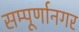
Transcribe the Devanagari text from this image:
सम्पूर्णानगर